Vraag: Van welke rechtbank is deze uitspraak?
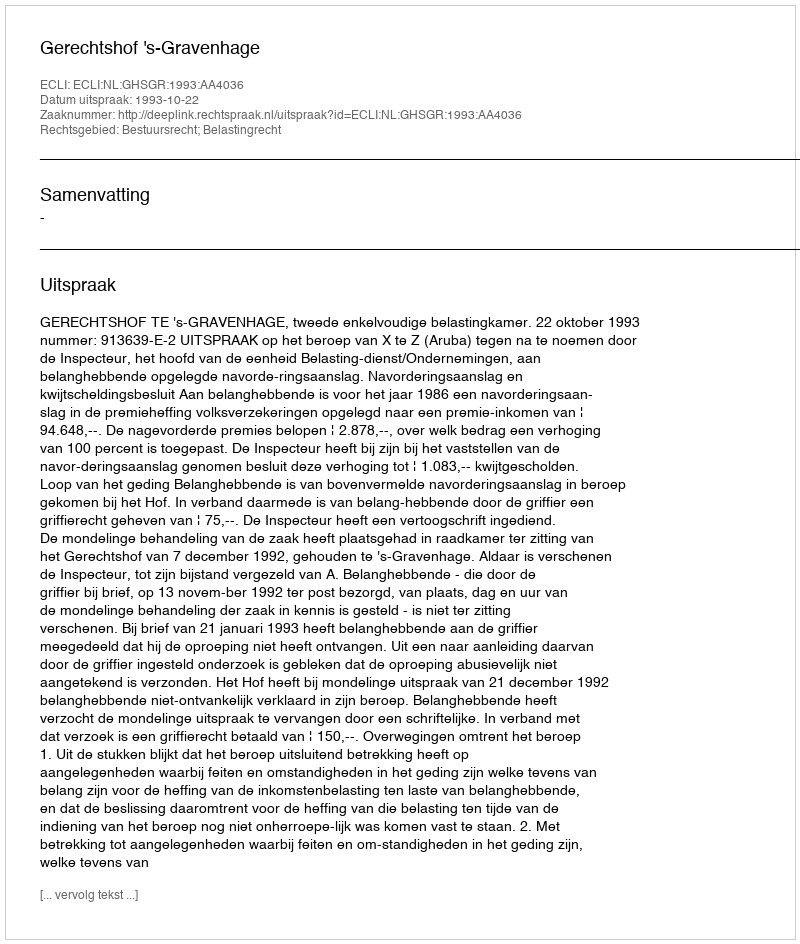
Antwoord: Gerechtshof 's-Gravenhage